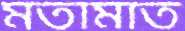
মতামাত